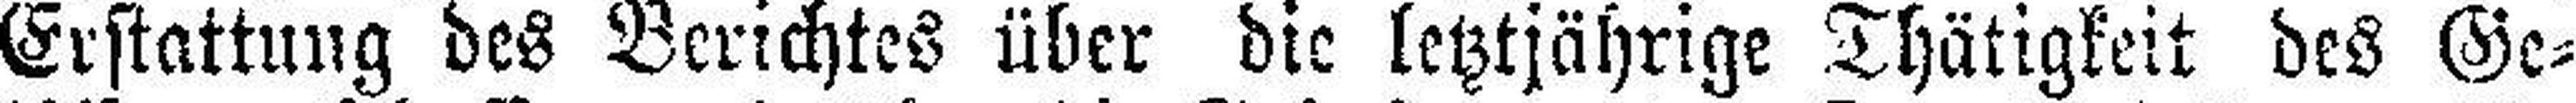
Erstattung des Berichtes über die letztjährige Thätigkeit des Ge¬